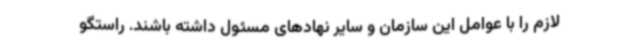
لازم را با عوامل این سازمان و سایر نهادهای مسئول داشته باشند. راستگو